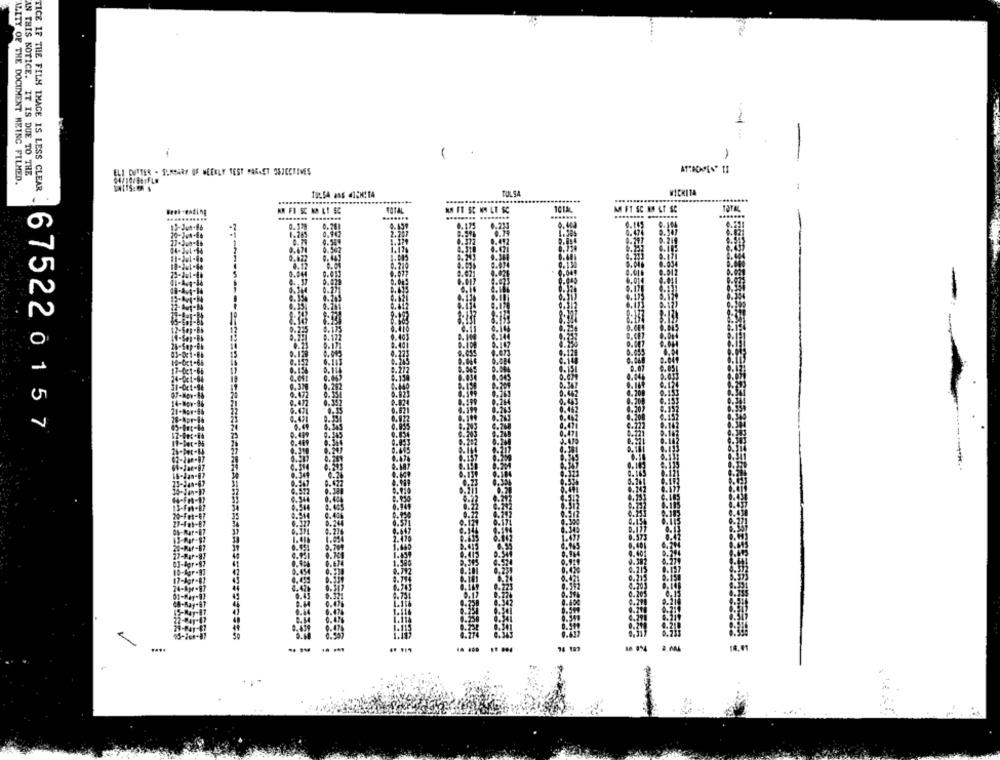
-
AN THIS NOTICE. IT IS DUE TO THE
ELI CUTTER . SUMMARY OF WEEKLY TEST PARAET OBJECTIVES
ALITY OF THE DOCUMENT MEING FILMED.
TICE IF THE FILM IMAGE IS LESS CLEAR
TULSA
.....-
NATAL
M FT SE MM LT SC
.......
........ ........
.......
0.524 0.201
675220157